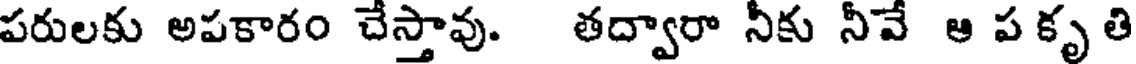
పరులకు అపకారం చేస్తావు. తద్వారా నీకు నీవే ఆ ప కృ తి